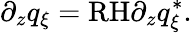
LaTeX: \partial_{z}q_{\xi}=\textrm{RH}\partial_{z}q_{\xi}^{*}.